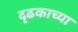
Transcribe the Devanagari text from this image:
दृढकाच्या